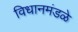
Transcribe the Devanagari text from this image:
विधानमंडळे